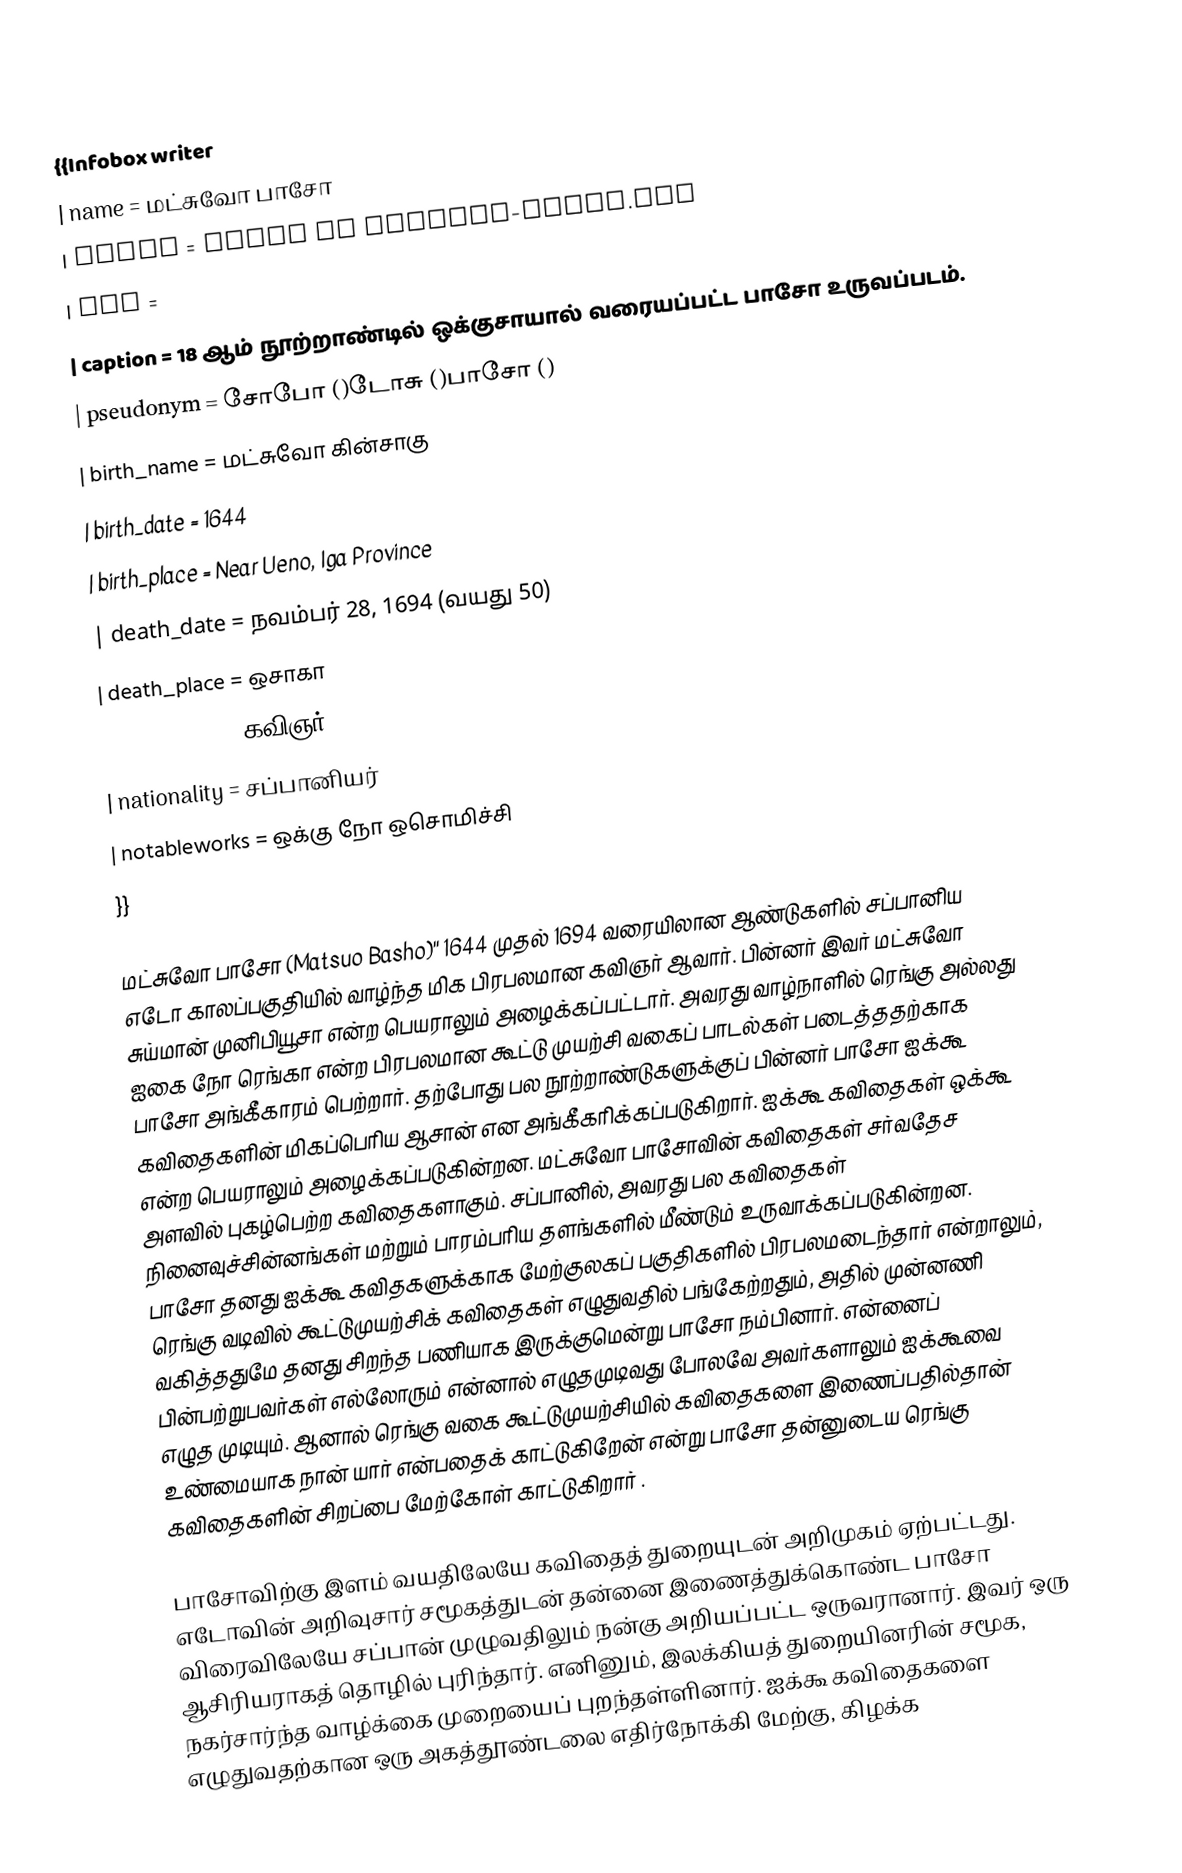
{{Infobox writer
| name         = மட்சுவோ பாசோ
| image        = Basho by Hokusai-small.jpg
| alt          =
| caption      = 18 ஆம் நூற்றாண்டில் ஒக்குசாயால் வரையப்பட்ட பாசோ உருவப்படம்.
| pseudonym    = சோபோ ()டோசு ()பாசோ ()
| birth_name   = மட்சுவோ கின்சாகு
| birth_date   = 1644
| birth_place  = Near Ueno, Iga Province
| death_date   = நவம்பர் 28, 1694 (வயது 50)
| death_place  = ஒசாகா
| occupation   = கவிஞர்
| nationality  = சப்பானியர்
| notableworks = ஒக்கு நோ ஒசொமிச்சி
}}

மட்சுவோ பாசோ (Matsuo Basho)'' 1644 முதல் 1694 வரையிலான ஆண்டுகளில் சப்பானிய எடோ காலப்பகுதியில் வாழ்ந்த மிக பிரபலமான கவிஞர் ஆவார். பின்னர் இவர் மட்சுவோ சுய்மான் முனிபியூசா என்ற பெயராலும் அழைக்கப்பட்டார். அவரது வாழ்நாளில் ரெங்கு அல்லது ஐகை நோ ரெங்கா என்ற பிரபலமான கூட்டு முயற்சி வகைப் பாடல்கள் படைத்ததற்காக பாசோ அங்கீகாரம் பெற்றார். தற்போது பல நூற்றாண்டுகளுக்குப் பின்னர் பாசோ ஐக்கூ கவிதைகளின் மிகப்பெரிய ஆசான் என அங்கீகரிக்கப்படுகிறார். ஐக்கூ கவிதைகள் ஒக்கூ என்ற பெயராலும் அழைக்கப்படுகின்றன. மட்சுவோ பாசோவின் கவிதைகள் சர்வதேச அளவில் புகழ்பெற்ற கவிதைகளாகும். சப்பானில், அவரது பல கவிதைகள் நினைவுச்சின்னங்கள் மற்றும் பாரம்பரிய தளங்களில் மீண்டும் உருவாக்கப்படுகின்றன. பாசோ தனது ஐக்கூ கவிதகளுக்காக மேற்குலகப்  பகுதிகளில் பிரபலமடைந்தார் என்றாலும், ரெங்கு வடிவில் கூட்டுமுயற்சிக் கவிதைகள் எழுதுவதில் பங்கேற்றதும், அதில் முன்னணி வகித்ததுமே தனது சிறந்த பணியாக இருக்குமென்று பாசோ நம்பினார். என்னைப் பின்பற்றுபவர்கள் எல்லோரும் என்னால் எழுதமுடிவது போலவே அவர்களாலும் ஐக்கூவை எழுத முடியும். ஆனால் ரெங்கு வகை கூட்டுமுயற்சியில் கவிதைகளை இணைப்பதில்தான் உண்மையாக நான் யார் என்பதைக் காட்டுகிறேன் என்று பாசோ தன்னுடைய ரெங்கு கவிதைகளின் சிறப்பை மேற்கோள் காட்டுகிறார் .

பாசோவிற்கு இளம் வயதிலேயே கவிதைத் துறையுடன் அறிமுகம் ஏற்பட்டது. எடோவின் அறிவுசார் சமூகத்துடன் தன்னை இணைத்துக்கொண்ட பாசோ விரைவிலேயே சப்பான் முழுவதிலும் நன்கு அறியப்பட்ட ஒருவரானார். இவர் ஒரு ஆசிரியராகத் தொழில் புரிந்தார். எனினும், இலக்கியத் துறையினரின் சமூக, நகர்சார்ந்த வாழ்க்கை முறையைப் புறந்தள்ளினார். ஐக்கூ கவிதைகளை எழுதுவதற்கான ஒரு அகத்தூண்டலை எதிர்நோக்கி மேற்கு, கிழக்க